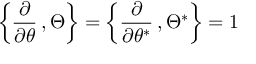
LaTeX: \left\{ { \frac { \partial } { \partial \theta } } \, , \Theta \right\} = \left\{ { \frac { \partial } { \partial \theta ^ { * } } } \, , \Theta ^ { * } \right\} = 1